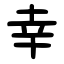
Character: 幸